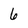
Character: 6